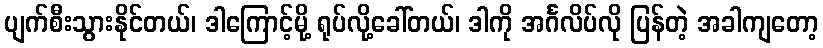
ပျက်စီးသွားနိုင်တယ်၊ ဒါကြောင့်မို့ ရုပ်လို့ခေါ်တယ်၊ ဒါကို အင်္ဂလိပ်လို ပြန်တဲ့ အခါကျတော့